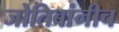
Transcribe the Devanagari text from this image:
जोतिबांनीच